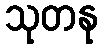
သုတနု